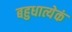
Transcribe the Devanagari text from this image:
बहुधात्येकं